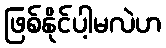
ဖြစ်နိုင်ပါ့မလဲဟ